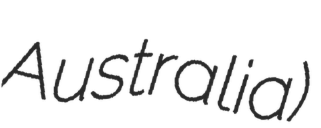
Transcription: Australia)